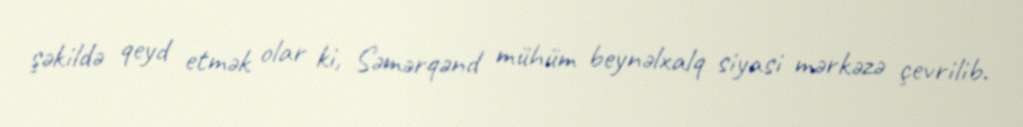
şəkildə qeyd etmək olar ki, Səmərqənd mühüm beynəlxalq siyasi mərkəzə çevrilib.